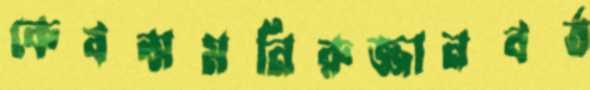
কেবল্সমনিরুজ্জানবর্ত